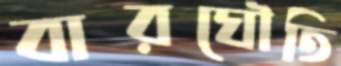
বারঘৌতি